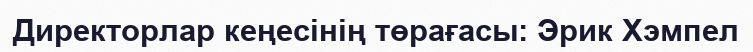
Директорлар кеңесінің төрағасы: Эрик Хэмпел